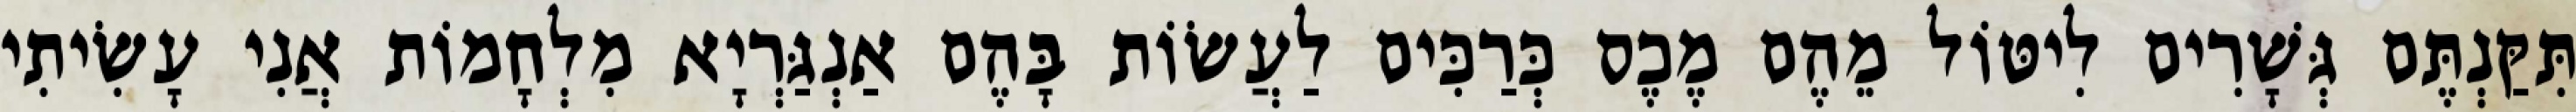
תִּקַּנְתֶּם גְּשָׁרִים לִיטּוֹל מֵהֶם מֶכֶס כְּרַכִּים לַעֲשׂוֹת בָּהֶם אַנְגַּרְיָא מִלְחָמוֹת אֲנִי עָשִׂיתִי